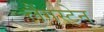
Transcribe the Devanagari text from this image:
लैंगस्टेन